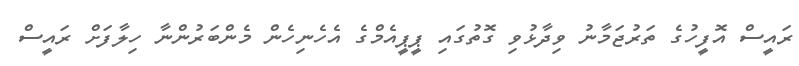
ރައީސް އޮފީހުގެ ތަރުޖަމާނު ވިދާޅުވި ގޮތުގައި ޕީޕީއެމްގެ އެހެނިހެން މެންބަރުންނާ ހިލާފަށް ރައީސް